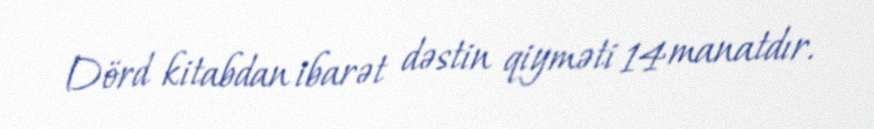
Dörd kitabdan ibarət dəstin qiyməti 14 manatdır.